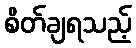
စိတ်ချရသည့်